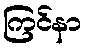
ကြင်နာ